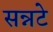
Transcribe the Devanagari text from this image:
सन्नटे